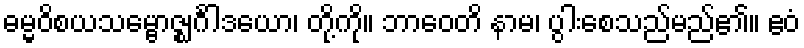
ဓမ္မဝိစယသမ္ဗောဇ္ဈင်္ဂါဒယော၊ တို့ကို။ ဘာဝေတိ နာမ၊ ပွါးစေသည်မည်၏။ ဧဝံ